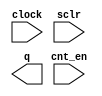
module twentyonecounter (
	clock,
	cnt_en,
	sclr,
	q);

	input	  clock;
	input	  cnt_en;
	input	  sclr;
	output	[20:0]  q;

endmodule